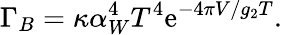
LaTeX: \Gamma_{B}=\kappa\alpha_{W}^{4}T^{4}{\mathrm{e}}^{-4\pi V/g_{2}T}.